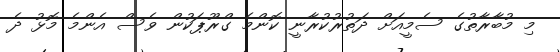
މި މުބާރާތުގެ ސެމީއަށް ދަތުރުކުރާނީ ކޮންމެ ގްރޫޕަކުން ވެސް އެންމެ މޮޅު ދެ